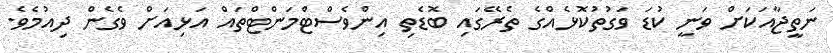
ނަތީޖާއަކަށް ވަނީ ކުޑަ ވަގުތުކޮޅެއްގެ ތެރޭގައި ބޮޑެތި އިންވެސްޓްމަންޓްތައް އަޅިއަށް ވެގެން ދިއުމެވެ.